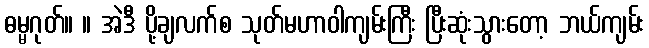
ဓမ္မဂုတ်။ ။ အဲဒီ ပို့ချလက်စ သုတ်မဟာဝါကျမ်းကြီး ပြီးဆုံးသွားတော့ ဘယ်ကျမ်း